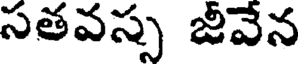
సతవస్స జీవేన